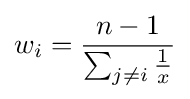
w_{i}={\frac {n-1}{\sum _{j\neq i}{\frac {1}{x}}}}